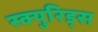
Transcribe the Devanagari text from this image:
स्क्युरिड्स